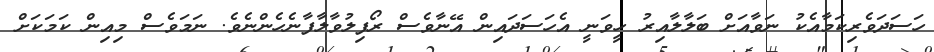
ހަސަދަވެރިކަމާއެކު ނަވާއަށް ބަލާލާއިރު ހީވަނީ އެހަސަދައިން އޭނާވެސް ރޯފިލުވާލާފާނެހެންނެވެ. ނަމަވެސް މިއިން ކަމަކަށް